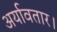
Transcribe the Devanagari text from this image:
अर्यावतार।